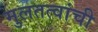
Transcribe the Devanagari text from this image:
मुलतत्वांची